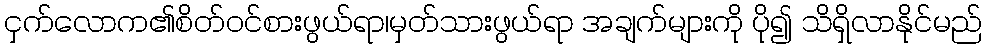
ငှက်လောက၏စိတ်ဝင်စားဖွယ်ရာ၊မှတ်သားဖွယ်ရာ အချက်များကို ပို၍ သိရှိလာနိုင်မည်